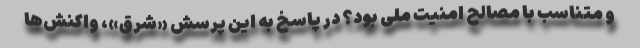
و متناسب با مصالح امنیت ملی بود؟ در پاسخ به این پرسش «شرق»، واکنش‌ها